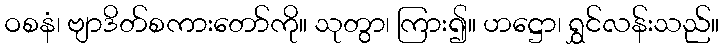
ဝစနံ၊ ဗျာဒိတ်စကားတော်ကို။ သုတွာ၊ ကြား၍။ ဟဋ္ဌော၊ ရွှင်လန်းသည်။